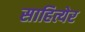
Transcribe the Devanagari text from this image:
साहित्येर